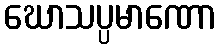
ဃောသပ္ပမာဏော